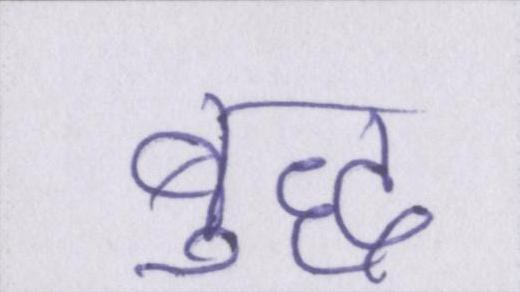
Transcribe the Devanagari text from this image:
बुद्ध